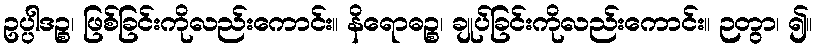
ဥပ္ပါဒဉ္စ၊ ဖြစ်ခြင်းကိုလည်းကောင်း။ နိရောဓဉ္စ၊ ချုပ်ခြင်းကိုလည်းကောင်း။ ဉတွာ၊ ၍။